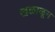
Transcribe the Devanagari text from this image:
खळाळून